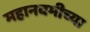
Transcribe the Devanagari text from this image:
महानवमीच्या